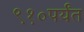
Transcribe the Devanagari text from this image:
९१०पर्यंत